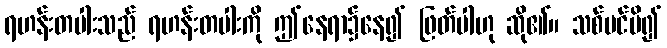
ရဟန်းတပါးသည် ရဟန်းတပါးကို ဤနေရာ၌နေ၍ ဖြတ်ပါဟု ဆို၏။ သစ်ပင်ပိ၍